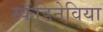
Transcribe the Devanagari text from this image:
स्कँडिनेविया